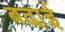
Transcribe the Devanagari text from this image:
बढा़ई